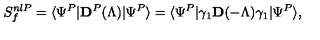
S _ { f } ^ { n l P } = \langle \Psi ^ { P } | { \mathbf D } ^ { P } ( \Lambda ) | \Psi ^ { P } \rangle = \langle \Psi ^ { P } | \gamma _ { 1 } { \mathbf D } ( - \Lambda ) \gamma _ { 1 } | \Psi ^ { P } \rangle ,